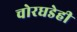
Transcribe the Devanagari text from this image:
चोरघडेही